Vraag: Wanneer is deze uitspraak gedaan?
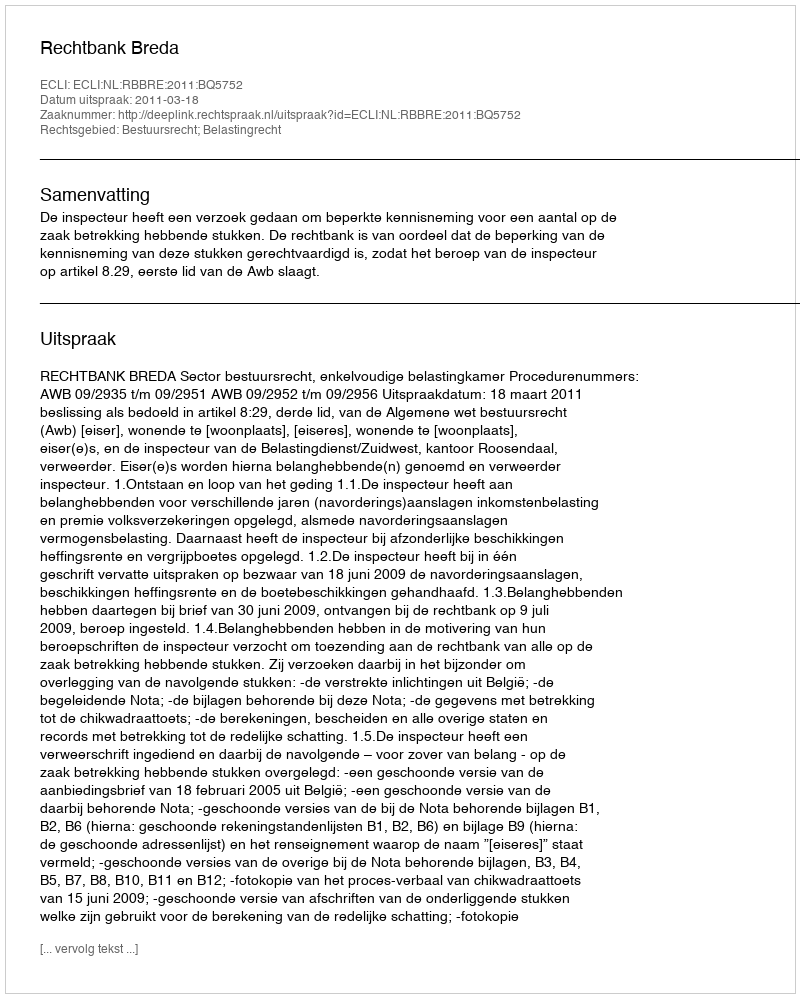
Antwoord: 2011-03-18